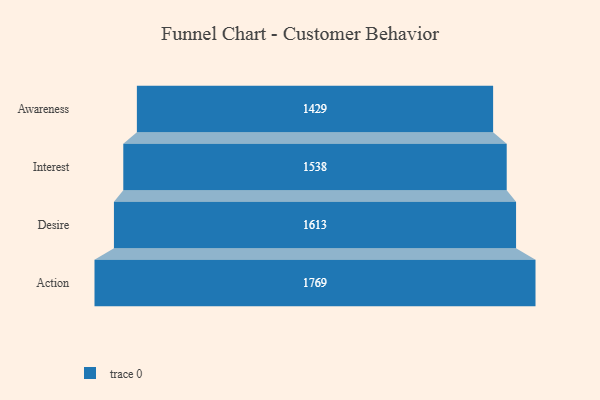
{"axis": {"x": "Stage", "y": "Value"}, "legend": [""], "data": [{"x": "Awareness", "y": 1429.0, "type": ""}, {"x": "Interest", "y": 1538.0, "type": ""}, {"x": "Desire", "y": 1613.0, "type": ""}, {"x": "Action", "y": 1769.0, "type": ""}]}